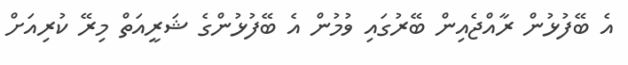
އެ ބޭފުޅުން ރާއްޖެއިން ބޭރުގައި ވުމުން އެ ބޭފުޅުންގެ ޝަރީއަތް މިރޭ ކުރިއަށް